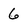
Character: 6